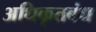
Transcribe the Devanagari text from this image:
अधिकृतबंध